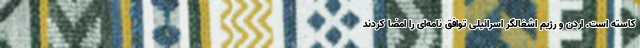
کاسته است. اردن و رژیم اشغالگر اسرائیلی توافق نامه‌ای را امضا کردند